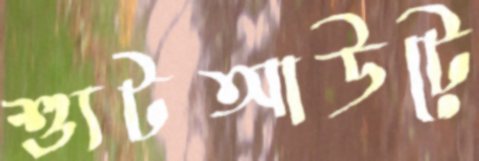
শ্যুটআউটে